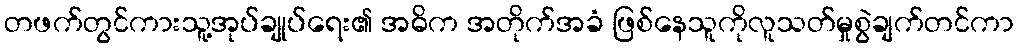
တဖက်တွင်ကားသူ့အုပ်ချုပ်ရေး၏ အဓိက အတိုက်အခံ ဖြစ်နေသူကိုလူသတ်မှုစွဲချက်တင်ကာ